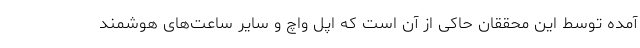
آمده توسط این محققان حاکی از آن است که اپل واچ و سایر ساعت‌های هوشمند